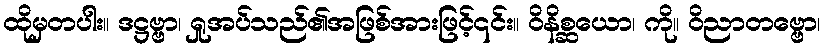
ထိုမှတပါး။ ဒဋ္ဌဗ္ဗာ၊ ရှုအပ်သည်၏အဖြစ်အားဖြင့်၎င်း။ ဝိနိစ္ဆယော၊ ကို။ ဝိညာတဗ္ဗော၊